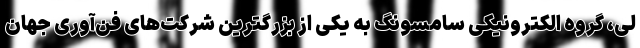
لی، گروه الکترونیکی سامسونگ به یکی از بزرگترین شرکت‌های فن‌آوری جهان